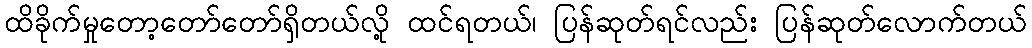
ထိခိုက်မှုတော့တော်တော်ရှိတယ်လို့ ထင်ရတယ်၊ ပြန်ဆုတ်ရင်လည်း ပြန်ဆုတ်လောက်တယ်